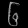
Digit: ၆